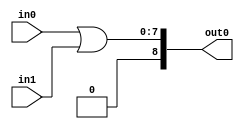
module or_mine(
    input [7:0] in0,
    input [7:0] in1,
    output [8:0] out0
);

    assign out0 = in0 | in1;

endmodule